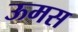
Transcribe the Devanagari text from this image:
ऊमस